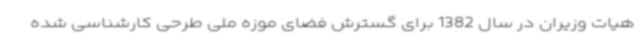
هیات وزیران در سال 1382 برای گسترش فضای موزه ملی طرحی کارشناسی شده